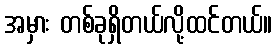
အမှား တစ်ခုရှိတယ်လို့ထင်တယ်။